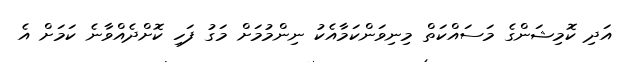
އަދި ކޮމިޝަންގެ މަސައްކަތް މިނިވަންކަމާއެކު ނިންމުމަށް މަގު ފަހި ކޮށްދެއްވާނެ ކަމަށް އެ